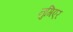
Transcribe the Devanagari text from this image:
नुगिएर